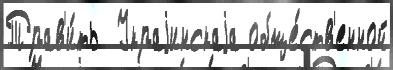
Трав'и́ть  Украjинскаjа обще́ств'енной